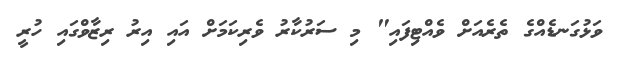
ވަޅުގަނޑެއްގެ ތެރެއަށް ވެއްޓިފައި" މި ސަރުކާރު ވެރިކަމަށް އައި އިރު ރިޒާވްގައި ހުރީ